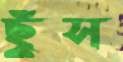
ছুঁস